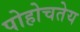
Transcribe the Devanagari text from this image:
पोहोचतेय